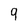
Character: 9